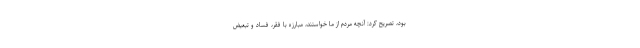
بود، تصریح کرد: آنچه مردم از ما خواستند، مبارزه با فقر، فساد و تبعیض